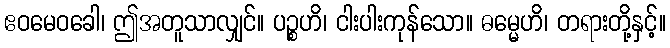
ဧဝမေဝခေါ၊ ဤအတူသာလျှင်။ ပဉ္စဟိ၊ ငါးပါးကုန်သော။ ဓမ္မေဟိ၊ တရားတို့နှင့်။